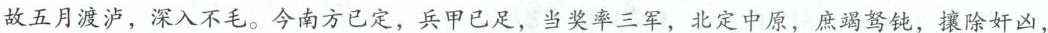
故五月渡泸，深入不毛。今南方已定，兵甲已足，当奖率三军，北定中原，庶竭驽钝，攘除奸凶，